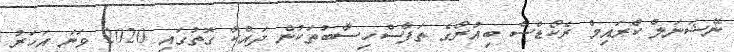
ނޭޝަނަލް ކްރައިމް ރެކޯޑްސް ބިއުރޯގެ ތަފާސްހިސާބުތަކުން ދައްކާ ގޮތުގައި 2020 ވަނަ އަހަރު